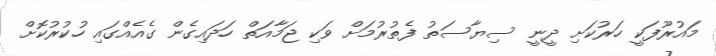
މައުރޫފަކީ ހަރުކަށި ދީނީ ސިޔާސަތު ފެތުރުމަށް ވަކި ޖަމާއަތް ހަދައިގެން ގެއެއްގައި ހުކުރުކޮށް